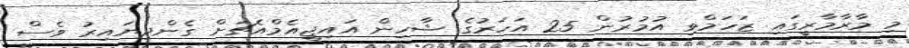
މި މާރާމާރީގައި ޒަހަމްވި އުމުރުން 25 އަހަރުގެ ޝާހިން އައިޖީއެމްއެޗަށް ގެންދިޔައިރު ވެސް